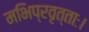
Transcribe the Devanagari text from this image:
मभिप्रवृत्ताः।